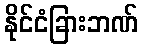
နိုင်ငံခြားဘဏ်